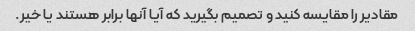
مقادیر را مقایسه کنید و تصمیم بگیرید که آیا آنها برابر هستند یا خیر.